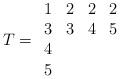
LaTeX: \begin{align*}T=\begin{array}{cccc}1&2&2&2\\3&3&4&5\\4&&&\\5\end{array}\end{align*}